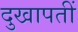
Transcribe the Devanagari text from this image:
दुखापतीं